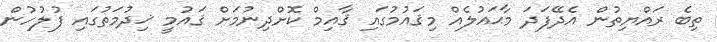
ތިބެ ރައްޔިތުން އެދޭފަދަ މާޙައުލެއް މިޤައުމުގައި ޤާއިމް ކޮށްދިނުމަށް ޤައުމީ ޚިދުމަތުގައި ފުލުހުން